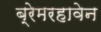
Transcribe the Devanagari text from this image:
ब्रेमरहावेन